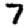
Digit: 7